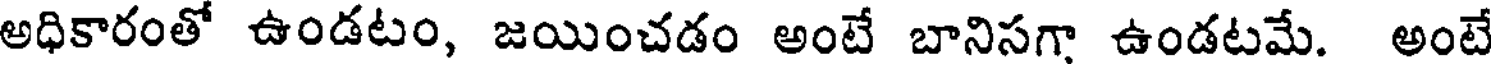
అధికారంతో ఉండటం, జయించడం అంటే బానిసగా ఉండటమే. అంటే